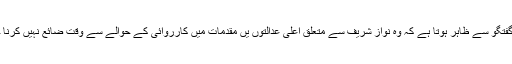
ان کی گفتگو سے ظاہر ہوتا ہے کہ وہ نواز شریف سے متعلق اعلیٰ عدالتوں یں مقدمات میں کارروائی کے حوالے سے وقت ضائع نہیں کرنا چاہتے۔